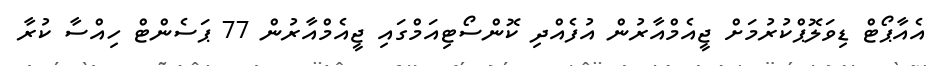
އެއާޕޯޓް ޑިވަލޮޕްކުރުމަށް ޖީއެމްއާރުން އުފެއްދި ކޮންސޯޓިއަމްގައި ޖީއެމްއާރުން 77 ޕަސެންޓް ހިއްސާ ކުރާ